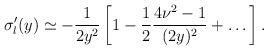
LaTeX: \begin{align*}{\sigma}'_l(y)\simeq-\frac{1}{2 y^2}\left[1-\frac{1}{2}\frac{4\nu^2-1}{(2 y)^2}+\dots\right].\end{align*}